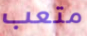
متعب